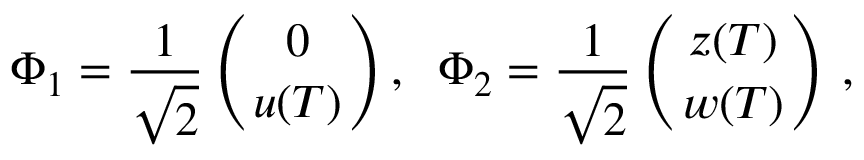
\Phi _ { 1 } = { \frac { 1 } { \sqrt { 2 } } } \left( { { 0 \atop u ( T ) } } \right) , \; \; \Phi _ { 2 } = { \frac { 1 } { \sqrt { 2 } } } \left( { { z ( T ) \atop w ( T ) } } \right) \, ,